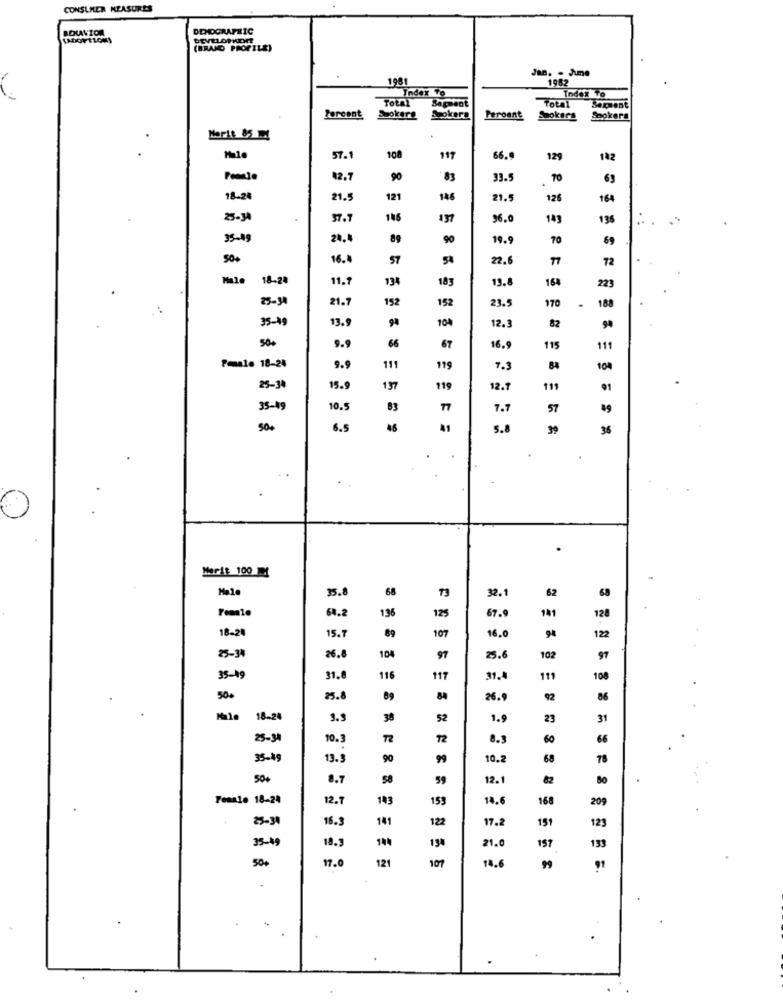
CONSUMER MEASURES
DEMOGRAPHIC
LAOFTLOM)
DEVELOPKOR
(BRAND PROFILE)
Jan. . Jume
1951
1962
Index To
Tot
Index To
Bappent
Total
Sarment
Percent
Ssokere
Spokera
Peroent
Saokers
Spokera
51.
108
117
66.
12
142
82.7
90
'83
33.5
TO
63
18-2
21.5
121
146
21.5
126
164
25-3
37.7
116
137
96.0
149
136
35-19
24.
89
90
19.9
70
69
50+
16.4
57
5%
22.
77
72
Maio
18-24
11.
134
183
13.8
164
223
25-34
21.7
152
23.
170
152
.
188
35-49
13.9
104
82
12.3
99
50+
66
9.9
67
16.9
115
111
Penale 18-24
9.9
111
119
7.3
104
25-34
15.9
197
119
12.1
111
35-49
10.5
83
77
7.7
57
49
500
6.5
46
41
5.6
39
36
..
Marit 100
Male
35.8
68
62
32.
64.2
141
128
196
67.9
18-20
15.7
89
107
16,0
94
122
25-34
26.8
104
97
25.6
102
97
35-49
31.
116
117
31.
111
108
50€
25.8
89
26.9
92
86
Male
18-24
3.3
38
52
1.9
23
31
25-34
10.3
72
8.3
60
66
35-49
13.3
90
99
10.2
68
78
50+
8.7
58
59
12.
82
Female 18-24
12.7
143
153
14.6
168
209
25-31
16.3
141
122
17.2
151
123
35-49
18.5
134
21.
157
133
50+
17.0
121
107
14.6
99
91